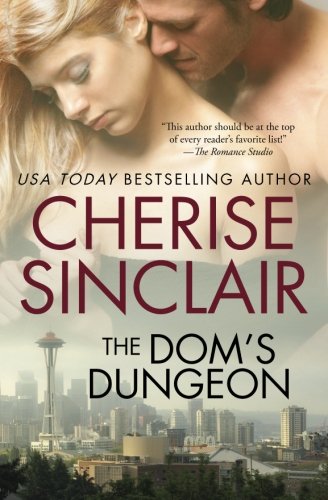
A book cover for The Dom's Dungeon; Cherise Sinclair; Romance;